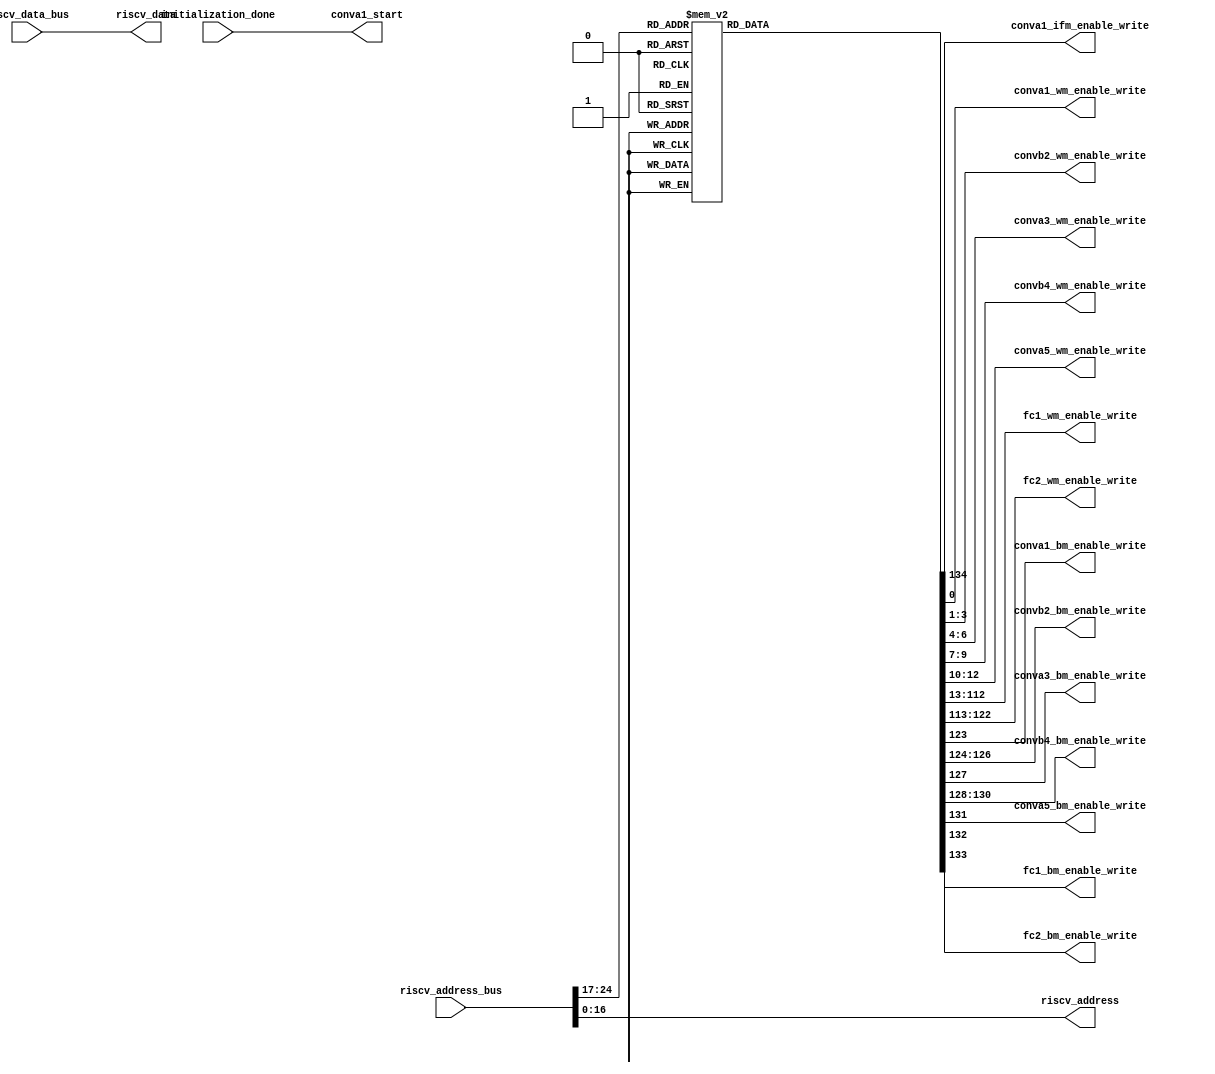
`timescale 1ns / 1ps


module 
 memory_control #(parameter
///////////advanced parameters//////////
	DATA_WIDTH 		       = 32,
///////////architecture parameters//////
	ADDRESS_BUS            = 25,                                                
    ADDRESS_BITS           = 17,
    ENABLE_BITS            = 8)

	(

    input [DATA_WIDTH-1:0] riscv_data_bus,
    input [ADDRESS_BUS-1:0] riscv_address_bus,
    input initialization_done, 
	output conva1_start,

	//1 indicates the input img is grayscale
	output [1-1:0] conva1_ifm_enable_write, 
	
	output [1-1:0] conva1_wm_enable_write,
	output [3-1:0] convb2_wm_enable_write,
	output [3-1:0] conva3_wm_enable_write,
	output [3-1:0] convb4_wm_enable_write,
	output [3-1:0] conva5_wm_enable_write,
	output [100-1:0] fc1_wm_enable_write,
	output [10-1:0] fc2_wm_enable_write,
	output conva1_bm_enable_write,
	output [3-1:0] convb2_bm_enable_write,
	output conva3_bm_enable_write,
	output [3-1:0] convb4_bm_enable_write,
	output conva5_bm_enable_write,
	output fc1_bm_enable_write,
	output fc2_bm_enable_write,
	
	output [DATA_WIDTH-1:0] riscv_data,
    output [ADDRESS_BITS-1:0] riscv_address
	);
	
	reg [135-1:0] enable_write;
    wire [ENABLE_BITS-1:0] address_enable_bits;
	
    assign riscv_data          = riscv_data_bus;
    assign riscv_address       = riscv_address_bus[ADDRESS_BITS-1:0];
    
    assign address_enable_bits = riscv_address_bus[ADDRESS_BUS-1 : ADDRESS_BUS-ENABLE_BITS];
	
	assign    conva1_start = initialization_done;
	
	
	    always @*
		begin
        case(address_enable_bits)
			8'd1  : begin enable_write = 135'b000000000000000000000000000000000000000000000000000000000000000000000000000000000000000000000000000000000000000000000000000000000000001;end
			8'd2  : begin enable_write = 135'b000000000000000000000000000000000000000000000000000000000000000000000000000000000000000000000000000000000000000000000000000000000000010;end
			8'd3  : begin enable_write = 135'b000000000000000000000000000000000000000000000000000000000000000000000000000000000000000000000000000000000000000000000000000000000000100;end
			8'd4  : begin enable_write = 135'b000000000000000000000000000000000000000000000000000000000000000000000000000000000000000000000000000000000000000000000000000000000001000;end
			8'd5  : begin enable_write = 135'b000000000000000000000000000000000000000000000000000000000000000000000000000000000000000000000000000000000000000000000000000000000010000;end
			8'd6  : begin enable_write = 135'b000000000000000000000000000000000000000000000000000000000000000000000000000000000000000000000000000000000000000000000000000000000100000;end
			8'd7  : begin enable_write = 135'b000000000000000000000000000000000000000000000000000000000000000000000000000000000000000000000000000000000000000000000000000000001000000;end
			8'd8  : begin enable_write = 135'b000000000000000000000000000000000000000000000000000000000000000000000000000000000000000000000000000000000000000000000000000000010000000;end
			8'd9  : begin enable_write = 135'b000000000000000000000000000000000000000000000000000000000000000000000000000000000000000000000000000000000000000000000000000000100000000;end
			8'd10  : begin enable_write = 135'b000000000000000000000000000000000000000000000000000000000000000000000000000000000000000000000000000000000000000000000000000001000000000;end
			8'd11  : begin enable_write = 135'b000000000000000000000000000000000000000000000000000000000000000000000000000000000000000000000000000000000000000000000000000010000000000;end
			8'd12  : begin enable_write = 135'b000000000000000000000000000000000000000000000000000000000000000000000000000000000000000000000000000000000000000000000000000100000000000;end
			8'd13  : begin enable_write = 135'b000000000000000000000000000000000000000000000000000000000000000000000000000000000000000000000000000000000000000000000000001000000000000;end
			8'd14  : begin enable_write = 135'b000000000000000000000000000000000000000000000000000000000000000000000000000000000000000000000000000000000000000000000000010000000000000;end
			8'd15  : begin enable_write = 135'b000000000000000000000000000000000000000000000000000000000000000000000000000000000000000000000000000000000000000000000000100000000000000;end
			8'd16  : begin enable_write = 135'b000000000000000000000000000000000000000000000000000000000000000000000000000000000000000000000000000000000000000000000001000000000000000;end
			8'd17  : begin enable_write = 135'b000000000000000000000000000000000000000000000000000000000000000000000000000000000000000000000000000000000000000000000010000000000000000;end
			8'd18  : begin enable_write = 135'b000000000000000000000000000000000000000000000000000000000000000000000000000000000000000000000000000000000000000000000100000000000000000;end
			8'd19  : begin enable_write = 135'b000000000000000000000000000000000000000000000000000000000000000000000000000000000000000000000000000000000000000000001000000000000000000;end
			8'd20  : begin enable_write = 135'b000000000000000000000000000000000000000000000000000000000000000000000000000000000000000000000000000000000000000000010000000000000000000;end
			8'd21  : begin enable_write = 135'b000000000000000000000000000000000000000000000000000000000000000000000000000000000000000000000000000000000000000000100000000000000000000;end
			8'd22  : begin enable_write = 135'b000000000000000000000000000000000000000000000000000000000000000000000000000000000000000000000000000000000000000001000000000000000000000;end
			8'd23  : begin enable_write = 135'b000000000000000000000000000000000000000000000000000000000000000000000000000000000000000000000000000000000000000010000000000000000000000;end
			8'd24  : begin enable_write = 135'b000000000000000000000000000000000000000000000000000000000000000000000000000000000000000000000000000000000000000100000000000000000000000;end
			8'd25  : begin enable_write = 135'b000000000000000000000000000000000000000000000000000000000000000000000000000000000000000000000000000000000000001000000000000000000000000;end
			8'd26  : begin enable_write = 135'b000000000000000000000000000000000000000000000000000000000000000000000000000000000000000000000000000000000000010000000000000000000000000;end
			8'd27  : begin enable_write = 135'b000000000000000000000000000000000000000000000000000000000000000000000000000000000000000000000000000000000000100000000000000000000000000;end
			8'd28  : begin enable_write = 135'b000000000000000000000000000000000000000000000000000000000000000000000000000000000000000000000000000000000001000000000000000000000000000;end
			8'd29  : begin enable_write = 135'b000000000000000000000000000000000000000000000000000000000000000000000000000000000000000000000000000000000010000000000000000000000000000;end
			8'd30  : begin enable_write = 135'b000000000000000000000000000000000000000000000000000000000000000000000000000000000000000000000000000000000100000000000000000000000000000;end
			8'd31  : begin enable_write = 135'b000000000000000000000000000000000000000000000000000000000000000000000000000000000000000000000000000000001000000000000000000000000000000;end
			8'd32  : begin enable_write = 135'b000000000000000000000000000000000000000000000000000000000000000000000000000000000000000000000000000000010000000000000000000000000000000;end
			8'd33  : begin enable_write = 135'b000000000000000000000000000000000000000000000000000000000000000000000000000000000000000000000000000000100000000000000000000000000000000;end
			8'd34  : begin enable_write = 135'b000000000000000000000000000000000000000000000000000000000000000000000000000000000000000000000000000001000000000000000000000000000000000;end
			8'd35  : begin enable_write = 135'b000000000000000000000000000000000000000000000000000000000000000000000000000000000000000000000000000010000000000000000000000000000000000;end
			8'd36  : begin enable_write = 135'b000000000000000000000000000000000000000000000000000000000000000000000000000000000000000000000000000100000000000000000000000000000000000;end
			8'd37  : begin enable_write = 135'b000000000000000000000000000000000000000000000000000000000000000000000000000000000000000000000000001000000000000000000000000000000000000;end
			8'd38  : begin enable_write = 135'b000000000000000000000000000000000000000000000000000000000000000000000000000000000000000000000000010000000000000000000000000000000000000;end
			8'd39  : begin enable_write = 135'b000000000000000000000000000000000000000000000000000000000000000000000000000000000000000000000000100000000000000000000000000000000000000;end
			8'd40  : begin enable_write = 135'b000000000000000000000000000000000000000000000000000000000000000000000000000000000000000000000001000000000000000000000000000000000000000;end
			8'd41  : begin enable_write = 135'b000000000000000000000000000000000000000000000000000000000000000000000000000000000000000000000010000000000000000000000000000000000000000;end
			8'd42  : begin enable_write = 135'b000000000000000000000000000000000000000000000000000000000000000000000000000000000000000000000100000000000000000000000000000000000000000;end
			8'd43  : begin enable_write = 135'b000000000000000000000000000000000000000000000000000000000000000000000000000000000000000000001000000000000000000000000000000000000000000;end
			8'd44  : begin enable_write = 135'b000000000000000000000000000000000000000000000000000000000000000000000000000000000000000000010000000000000000000000000000000000000000000;end
			8'd45  : begin enable_write = 135'b000000000000000000000000000000000000000000000000000000000000000000000000000000000000000000100000000000000000000000000000000000000000000;end
			8'd46  : begin enable_write = 135'b000000000000000000000000000000000000000000000000000000000000000000000000000000000000000001000000000000000000000000000000000000000000000;end
			8'd47  : begin enable_write = 135'b000000000000000000000000000000000000000000000000000000000000000000000000000000000000000010000000000000000000000000000000000000000000000;end
			8'd48  : begin enable_write = 135'b000000000000000000000000000000000000000000000000000000000000000000000000000000000000000100000000000000000000000000000000000000000000000;end
			8'd49  : begin enable_write = 135'b000000000000000000000000000000000000000000000000000000000000000000000000000000000000001000000000000000000000000000000000000000000000000;end
			8'd50  : begin enable_write = 135'b000000000000000000000000000000000000000000000000000000000000000000000000000000000000010000000000000000000000000000000000000000000000000;end
			8'd51  : begin enable_write = 135'b000000000000000000000000000000000000000000000000000000000000000000000000000000000000100000000000000000000000000000000000000000000000000;end
			8'd52  : begin enable_write = 135'b000000000000000000000000000000000000000000000000000000000000000000000000000000000001000000000000000000000000000000000000000000000000000;end
			8'd53  : begin enable_write = 135'b000000000000000000000000000000000000000000000000000000000000000000000000000000000010000000000000000000000000000000000000000000000000000;end
			8'd54  : begin enable_write = 135'b000000000000000000000000000000000000000000000000000000000000000000000000000000000100000000000000000000000000000000000000000000000000000;end
			8'd55  : begin enable_write = 135'b000000000000000000000000000000000000000000000000000000000000000000000000000000001000000000000000000000000000000000000000000000000000000;end
			8'd56  : begin enable_write = 135'b000000000000000000000000000000000000000000000000000000000000000000000000000000010000000000000000000000000000000000000000000000000000000;end
			8'd57  : begin enable_write = 135'b000000000000000000000000000000000000000000000000000000000000000000000000000000100000000000000000000000000000000000000000000000000000000;end
			8'd58  : begin enable_write = 135'b000000000000000000000000000000000000000000000000000000000000000000000000000001000000000000000000000000000000000000000000000000000000000;end
			8'd59  : begin enable_write = 135'b000000000000000000000000000000000000000000000000000000000000000000000000000010000000000000000000000000000000000000000000000000000000000;end
			8'd60  : begin enable_write = 135'b000000000000000000000000000000000000000000000000000000000000000000000000000100000000000000000000000000000000000000000000000000000000000;end
			8'd61  : begin enable_write = 135'b000000000000000000000000000000000000000000000000000000000000000000000000001000000000000000000000000000000000000000000000000000000000000;end
			8'd62  : begin enable_write = 135'b000000000000000000000000000000000000000000000000000000000000000000000000010000000000000000000000000000000000000000000000000000000000000;end
			8'd63  : begin enable_write = 135'b000000000000000000000000000000000000000000000000000000000000000000000000100000000000000000000000000000000000000000000000000000000000000;end
			8'd64  : begin enable_write = 135'b000000000000000000000000000000000000000000000000000000000000000000000001000000000000000000000000000000000000000000000000000000000000000;end
			8'd65  : begin enable_write = 135'b000000000000000000000000000000000000000000000000000000000000000000000010000000000000000000000000000000000000000000000000000000000000000;end
			8'd66  : begin enable_write = 135'b000000000000000000000000000000000000000000000000000000000000000000000100000000000000000000000000000000000000000000000000000000000000000;end
			8'd67  : begin enable_write = 135'b000000000000000000000000000000000000000000000000000000000000000000001000000000000000000000000000000000000000000000000000000000000000000;end
			8'd68  : begin enable_write = 135'b000000000000000000000000000000000000000000000000000000000000000000010000000000000000000000000000000000000000000000000000000000000000000;end
			8'd69  : begin enable_write = 135'b000000000000000000000000000000000000000000000000000000000000000000100000000000000000000000000000000000000000000000000000000000000000000;end
			8'd70  : begin enable_write = 135'b000000000000000000000000000000000000000000000000000000000000000001000000000000000000000000000000000000000000000000000000000000000000000;end
			8'd71  : begin enable_write = 135'b000000000000000000000000000000000000000000000000000000000000000010000000000000000000000000000000000000000000000000000000000000000000000;end
			8'd72  : begin enable_write = 135'b000000000000000000000000000000000000000000000000000000000000000100000000000000000000000000000000000000000000000000000000000000000000000;end
			8'd73  : begin enable_write = 135'b000000000000000000000000000000000000000000000000000000000000001000000000000000000000000000000000000000000000000000000000000000000000000;end
			8'd74  : begin enable_write = 135'b000000000000000000000000000000000000000000000000000000000000010000000000000000000000000000000000000000000000000000000000000000000000000;end
			8'd75  : begin enable_write = 135'b000000000000000000000000000000000000000000000000000000000000100000000000000000000000000000000000000000000000000000000000000000000000000;end
			8'd76  : begin enable_write = 135'b000000000000000000000000000000000000000000000000000000000001000000000000000000000000000000000000000000000000000000000000000000000000000;end
			8'd77  : begin enable_write = 135'b000000000000000000000000000000000000000000000000000000000010000000000000000000000000000000000000000000000000000000000000000000000000000;end
			8'd78  : begin enable_write = 135'b000000000000000000000000000000000000000000000000000000000100000000000000000000000000000000000000000000000000000000000000000000000000000;end
			8'd79  : begin enable_write = 135'b000000000000000000000000000000000000000000000000000000001000000000000000000000000000000000000000000000000000000000000000000000000000000;end
			8'd80  : begin enable_write = 135'b000000000000000000000000000000000000000000000000000000010000000000000000000000000000000000000000000000000000000000000000000000000000000;end
			8'd81  : begin enable_write = 135'b000000000000000000000000000000000000000000000000000000100000000000000000000000000000000000000000000000000000000000000000000000000000000;end
			8'd82  : begin enable_write = 135'b000000000000000000000000000000000000000000000000000001000000000000000000000000000000000000000000000000000000000000000000000000000000000;end
			8'd83  : begin enable_write = 135'b000000000000000000000000000000000000000000000000000010000000000000000000000000000000000000000000000000000000000000000000000000000000000;end
			8'd84  : begin enable_write = 135'b000000000000000000000000000000000000000000000000000100000000000000000000000000000000000000000000000000000000000000000000000000000000000;end
			8'd85  : begin enable_write = 135'b000000000000000000000000000000000000000000000000001000000000000000000000000000000000000000000000000000000000000000000000000000000000000;end
			8'd86  : begin enable_write = 135'b000000000000000000000000000000000000000000000000010000000000000000000000000000000000000000000000000000000000000000000000000000000000000;end
			8'd87  : begin enable_write = 135'b000000000000000000000000000000000000000000000000100000000000000000000000000000000000000000000000000000000000000000000000000000000000000;end
			8'd88  : begin enable_write = 135'b000000000000000000000000000000000000000000000001000000000000000000000000000000000000000000000000000000000000000000000000000000000000000;end
			8'd89  : begin enable_write = 135'b000000000000000000000000000000000000000000000010000000000000000000000000000000000000000000000000000000000000000000000000000000000000000;end
			8'd90  : begin enable_write = 135'b000000000000000000000000000000000000000000000100000000000000000000000000000000000000000000000000000000000000000000000000000000000000000;end
			8'd91  : begin enable_write = 135'b000000000000000000000000000000000000000000001000000000000000000000000000000000000000000000000000000000000000000000000000000000000000000;end
			8'd92  : begin enable_write = 135'b000000000000000000000000000000000000000000010000000000000000000000000000000000000000000000000000000000000000000000000000000000000000000;end
			8'd93  : begin enable_write = 135'b000000000000000000000000000000000000000000100000000000000000000000000000000000000000000000000000000000000000000000000000000000000000000;end
			8'd94  : begin enable_write = 135'b000000000000000000000000000000000000000001000000000000000000000000000000000000000000000000000000000000000000000000000000000000000000000;end
			8'd95  : begin enable_write = 135'b000000000000000000000000000000000000000010000000000000000000000000000000000000000000000000000000000000000000000000000000000000000000000;end
			8'd96  : begin enable_write = 135'b000000000000000000000000000000000000000100000000000000000000000000000000000000000000000000000000000000000000000000000000000000000000000;end
			8'd97  : begin enable_write = 135'b000000000000000000000000000000000000001000000000000000000000000000000000000000000000000000000000000000000000000000000000000000000000000;end
			8'd98  : begin enable_write = 135'b000000000000000000000000000000000000010000000000000000000000000000000000000000000000000000000000000000000000000000000000000000000000000;end
			8'd99  : begin enable_write = 135'b000000000000000000000000000000000000100000000000000000000000000000000000000000000000000000000000000000000000000000000000000000000000000;end
			8'd100  : begin enable_write = 135'b000000000000000000000000000000000001000000000000000000000000000000000000000000000000000000000000000000000000000000000000000000000000000;end
			8'd101  : begin enable_write = 135'b000000000000000000000000000000000010000000000000000000000000000000000000000000000000000000000000000000000000000000000000000000000000000;end
			8'd102  : begin enable_write = 135'b000000000000000000000000000000000100000000000000000000000000000000000000000000000000000000000000000000000000000000000000000000000000000;end
			8'd103  : begin enable_write = 135'b000000000000000000000000000000001000000000000000000000000000000000000000000000000000000000000000000000000000000000000000000000000000000;end
			8'd104  : begin enable_write = 135'b000000000000000000000000000000010000000000000000000000000000000000000000000000000000000000000000000000000000000000000000000000000000000;end
			8'd105  : begin enable_write = 135'b000000000000000000000000000000100000000000000000000000000000000000000000000000000000000000000000000000000000000000000000000000000000000;end
			8'd106  : begin enable_write = 135'b000000000000000000000000000001000000000000000000000000000000000000000000000000000000000000000000000000000000000000000000000000000000000;end
			8'd107  : begin enable_write = 135'b000000000000000000000000000010000000000000000000000000000000000000000000000000000000000000000000000000000000000000000000000000000000000;end
			8'd108  : begin enable_write = 135'b000000000000000000000000000100000000000000000000000000000000000000000000000000000000000000000000000000000000000000000000000000000000000;end
			8'd109  : begin enable_write = 135'b000000000000000000000000001000000000000000000000000000000000000000000000000000000000000000000000000000000000000000000000000000000000000;end
			8'd110  : begin enable_write = 135'b000000000000000000000000010000000000000000000000000000000000000000000000000000000000000000000000000000000000000000000000000000000000000;end
			8'd111  : begin enable_write = 135'b000000000000000000000000100000000000000000000000000000000000000000000000000000000000000000000000000000000000000000000000000000000000000;end
			8'd112  : begin enable_write = 135'b000000000000000000000001000000000000000000000000000000000000000000000000000000000000000000000000000000000000000000000000000000000000000;end
			8'd113  : begin enable_write = 135'b000000000000000000000010000000000000000000000000000000000000000000000000000000000000000000000000000000000000000000000000000000000000000;end
			8'd114  : begin enable_write = 135'b000000000000000000000100000000000000000000000000000000000000000000000000000000000000000000000000000000000000000000000000000000000000000;end
			8'd115  : begin enable_write = 135'b000000000000000000001000000000000000000000000000000000000000000000000000000000000000000000000000000000000000000000000000000000000000000;end
			8'd116  : begin enable_write = 135'b000000000000000000010000000000000000000000000000000000000000000000000000000000000000000000000000000000000000000000000000000000000000000;end
			8'd117  : begin enable_write = 135'b000000000000000000100000000000000000000000000000000000000000000000000000000000000000000000000000000000000000000000000000000000000000000;end
			8'd118  : begin enable_write = 135'b000000000000000001000000000000000000000000000000000000000000000000000000000000000000000000000000000000000000000000000000000000000000000;end
			8'd119  : begin enable_write = 135'b000000000000000010000000000000000000000000000000000000000000000000000000000000000000000000000000000000000000000000000000000000000000000;end
			8'd120  : begin enable_write = 135'b000000000000000100000000000000000000000000000000000000000000000000000000000000000000000000000000000000000000000000000000000000000000000;end
			8'd121  : begin enable_write = 135'b000000000000001000000000000000000000000000000000000000000000000000000000000000000000000000000000000000000000000000000000000000000000000;end
			8'd122  : begin enable_write = 135'b000000000000010000000000000000000000000000000000000000000000000000000000000000000000000000000000000000000000000000000000000000000000000;end
			8'd123  : begin enable_write = 135'b000000000000100000000000000000000000000000000000000000000000000000000000000000000000000000000000000000000000000000000000000000000000000;end
			8'd124  : begin enable_write = 135'b000000000001000000000000000000000000000000000000000000000000000000000000000000000000000000000000000000000000000000000000000000000000000;end
			8'd125  : begin enable_write = 135'b000000000010000000000000000000000000000000000000000000000000000000000000000000000000000000000000000000000000000000000000000000000000000;end
			8'd126  : begin enable_write = 135'b000000000100000000000000000000000000000000000000000000000000000000000000000000000000000000000000000000000000000000000000000000000000000;end
			8'd127  : begin enable_write = 135'b000000001000000000000000000000000000000000000000000000000000000000000000000000000000000000000000000000000000000000000000000000000000000;end
			8'd128  : begin enable_write = 135'b000000010000000000000000000000000000000000000000000000000000000000000000000000000000000000000000000000000000000000000000000000000000000;end
			8'd129  : begin enable_write = 135'b000000100000000000000000000000000000000000000000000000000000000000000000000000000000000000000000000000000000000000000000000000000000000;end
			8'd130  : begin enable_write = 135'b000001000000000000000000000000000000000000000000000000000000000000000000000000000000000000000000000000000000000000000000000000000000000;end
			8'd131  : begin enable_write = 135'b000010000000000000000000000000000000000000000000000000000000000000000000000000000000000000000000000000000000000000000000000000000000000;end
			8'd132  : begin enable_write = 135'b000100000000000000000000000000000000000000000000000000000000000000000000000000000000000000000000000000000000000000000000000000000000000;end
			8'd133  : begin enable_write = 135'b001000000000000000000000000000000000000000000000000000000000000000000000000000000000000000000000000000000000000000000000000000000000000;end
			8'd134  : begin enable_write = 135'b010000000000000000000000000000000000000000000000000000000000000000000000000000000000000000000000000000000000000000000000000000000000000;end
			8'd135  : begin enable_write = 135'b100000000000000000000000000000000000000000000000000000000000000000000000000000000000000000000000000000000000000000000000000000000000000;end

			default : begin enable_write = 135'b000000000000000000000000000000000000000000000000000000000000000000000000000000000000000000000000000000000000000000000000000000000000000;end

		endcase
	end



assign conva1_ifm_enable_write = enable_write[134:134];

	assign conva1_wm_enable_write = enable_write[0:0];
	assign convb2_wm_enable_write = enable_write[3:1];
	assign conva3_wm_enable_write = enable_write[6:4];
	assign convb4_wm_enable_write = enable_write[9:7];
	assign conva5_wm_enable_write = enable_write[12:10];
	assign fc1_wm_enable_write = enable_write[112:13];
	assign fc2_wm_enable_write = enable_write[122:113];

	assign conva1_bm_enable_write = enable_write[123];
	assign convb2_bm_enable_write = enable_write[126:124];
	assign conva3_bm_enable_write = enable_write[127];
	assign convb4_bm_enable_write = enable_write[130:128];
	assign conva5_bm_enable_write = enable_write[131];
	assign fc1_bm_enable_write = enable_write[132];
	assign fc2_bm_enable_write = enable_write[133];
endmodule